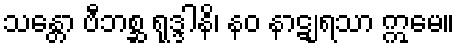
သန္တော ဗီဘစ္ဆ ရုဒ္ဒါနိ၊ နဝ နာဋျရသာ ဣမေ။